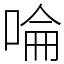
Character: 㖮